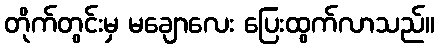
တိုက်တွင်းမှ မချောလေး ပြေးထွက်လာသည်။